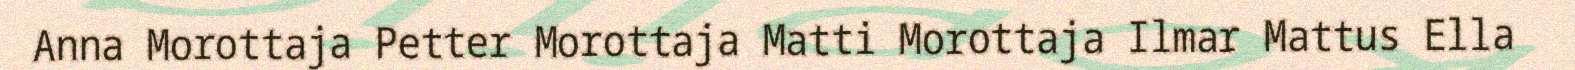
Anna Morottaja Petter Morottaja Matti Morottaja Ilmar Mattus Ella